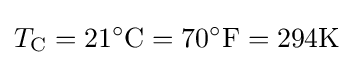
T_{\rm {C}}=21^{\circ }{\text{C}}=70^{\circ }{\text{F}}=294{\text{K}}